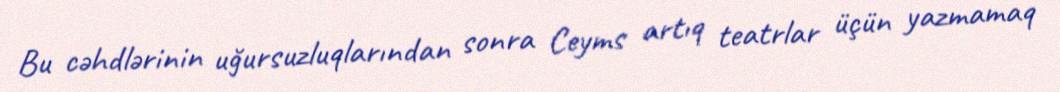
Bu cəhdlərinin uğursuzluqlarından sonra Ceyms artıq teatrlar üçün yazmamaq